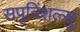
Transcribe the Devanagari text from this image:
सपृत्रिंशल्सु